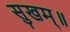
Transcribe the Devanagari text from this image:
सुखम्॥